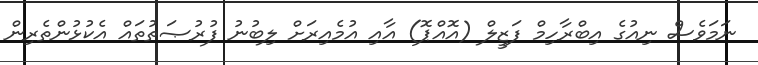
ނަމަވެސް ނިއުގެ އިބްރާހިމް ފަޒީލް (އޮއްޕޮ) އާއި އުމެއިރަށް ލިބުނު ފުރުޞަތުތައް އެކުޅުންތެރިން